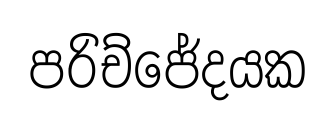
පරිච්ජේදයක